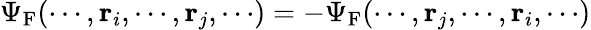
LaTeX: \Psi_{\mathrm{{F}}}(\cdots,\mathbf{r}_{i},\cdots,\mathbf{r}_{j},\cdots)=-\Psi_{\mathrm{{F}}}(\cdots,\mathbf{r}_{j},\cdots,\mathbf{r}_{i},\cdots)